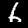
Digit: 6